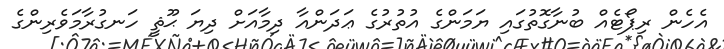
އެހެން ރިޕޯޓެއް ބުނާގޮތުގައި ޔަމަންގެ އުތުރުގެ ޢަދަންއާ ދިމާއަށް ދިޔަ ޙޫޘީ ހަނގުރާމަވެރިންގެ